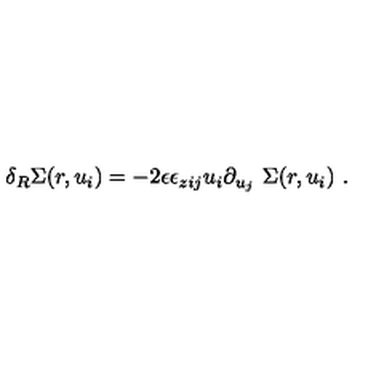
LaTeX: \delta _ { R } \Sigma ( r , u _ { i } ) = - 2 \epsilon \epsilon _ { z i j } u _ { i } \partial _ { u _ { j } } \ \Sigma ( r , u _ { i } ) \ .